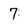
Character: 7